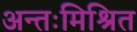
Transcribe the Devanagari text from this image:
अन्तःमिश्रित